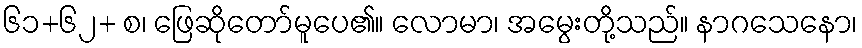
၆၁+၆၂+ စ၊ ဖြေဆိုတော်မူပေ၏။ လောမာ၊ အမွေးတို့သည်။ နာဂသေနော၊